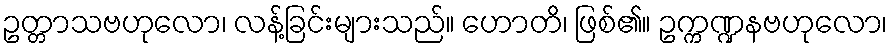
ဥတ္တာသဗဟုလော၊ လန့်ခြင်းများသည်။ ဟောတိ၊ ဖြစ်၏။ ဥက္ကဏ္ဍနဗဟုလော၊